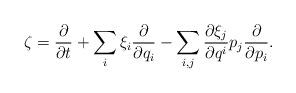
LaTeX: \begin{align*}\zeta=\frac{\partial}{\partial t}+\sum_i\xi_i\frac{\partial}{\partial q_i}-\sum_{i,j}\frac{\partial\xi_j}{\partial q^i}p_j\frac{\partial}{\partial p_i}.\end{align*}